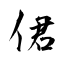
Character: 侰